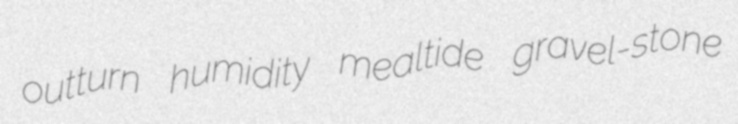
outturn humidity mealtide gravel-stone